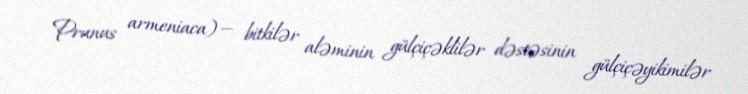
Prunus armeniaca) — bitkilər aləminin gülçiçəklilər dəstəsinin gülçiçəyikimilər